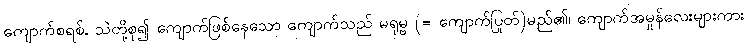
ကျောက်စရစ်, သဲတို့စု၍ ကျောက်ဖြစ်နေသော ကျောက်သည် မရုမ္ဗ (= ကျောက်ပြုတ်)မည်၏၊ ကျောက်အမှုန်လေးများကား